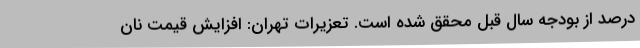
درصد از بودجه سال قبل محقق شده است. تعزیرات تهران: افزایش قیمت نان